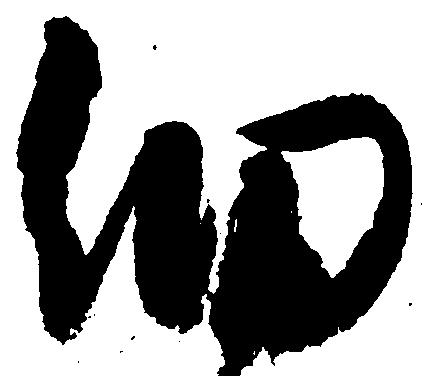
細